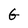
Character: G